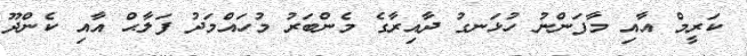
ކަރީމް އާއި މާފަންނު ހުޅަނގު ދާއިރާގެ މެންބަރު މުހައްމަދު ފަލާޙް އާއި ކެންދޫ